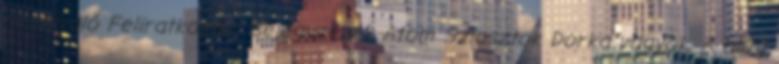
néznivaló Feliratkozás: Bejegyzések Atom Sziasztok Dorka vagyok. A blog